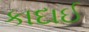
કાદાઈ